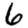
Digit: 6